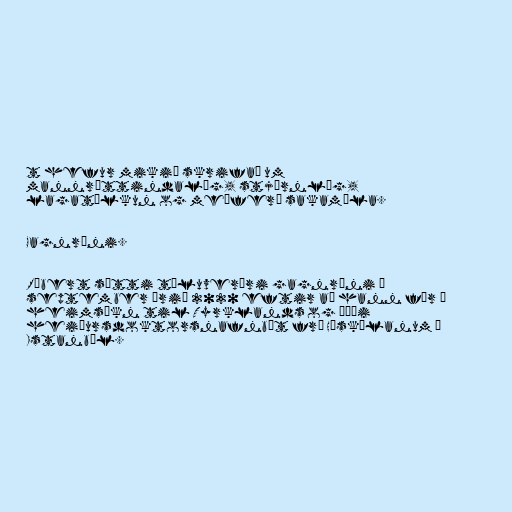
t hefur mikið skrifað um
mannréttindalög, stjórnlög,
lagatúlkun og meðferð sakamála.

Gagnrýni.

Róbert sætti töluverðri gagnrýni í
september árið 2020 eftir að hann fór í
heimsókn til Tyrklands og þáði
heiðursdoktorsnafnbót frá Háskólanum í
Istanbúl.